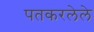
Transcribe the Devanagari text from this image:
पतकरलेले